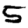
Digit: 5